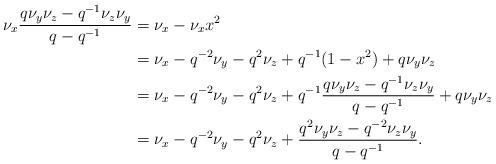
LaTeX: \begin{align*}\nu_x \frac{q\nu_y\nu_z - q^{-1}\nu_z\nu_y}{q-q^{-1}} &= \nu_x - \nu_x x^2\\ &= \nu_x - q^{-2}\nu_y - q^2\nu_z + q^{-1}(1-x^2) +q\nu_y\nu_z\\ &= \nu_x - q^{-2}\nu_y - q^2\nu_z + q^{-1}\frac{q\nu_y\nu_z - q^{-1}\nu_z\nu_y}{q-q^{-1}} + q\nu_y\nu_z\\ &= \nu_x - q^{-2}\nu_y - q^2\nu_z + \frac{q^2\nu_y\nu_z - q^{-2}\nu_z\nu_y}{q-q^{-1}}.\end{align*}